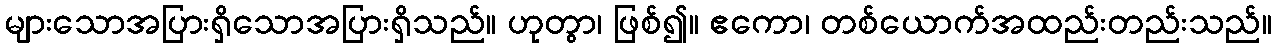
များသောအပြားရှိသောအပြားရှိသည်။ ဟုတွာ၊ ဖြစ်၍။ ဧကော၊ တစ်ယောက်အထည်းတည်းသည်။